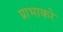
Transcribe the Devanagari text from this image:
प्राभाकरे